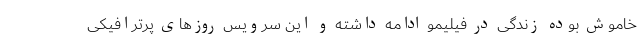
خاموش بوده زندگی در فیلیمو ادامه داشته و این سرویس روزهای پرترافیکی